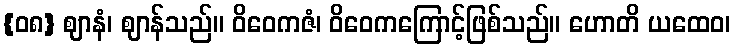
{၀၈} ဈာနံ၊ ဈာန်သည်။ ဝိဝေကဇံ၊ ဝိဝေကကြောင့်ဖြစ်သည်။ ဟောတိ ယထေဝ၊